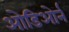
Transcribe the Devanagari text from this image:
ओडिओर्न